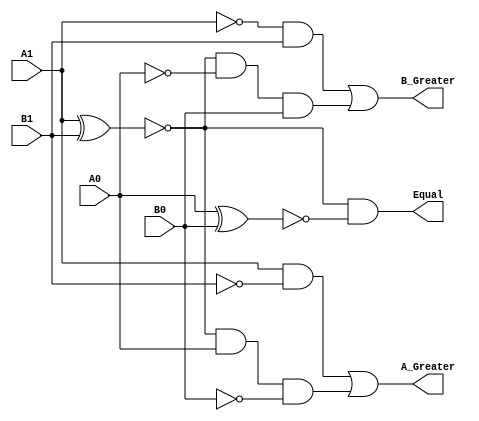
// Sankatmochan Bot : Task 1 A : 4Bit Comparator
/*
Instructions
-------------------
Students are not allowed to make any changes in the Module declaration.
This file is used to design 2 bit comparator.

Recommended Quartus Version : 19.1
The submitted project file must be 19.1 compatible as the evaluation will be done on Quartus Prime Lite 19.1.

Warning: The error due to compatibility will not be entertained.
			Do not make any changes to Test_Bench_Vector.txt file. Violating will result into Disqualification.
-------------------
*/

//2 bit comparator design
//Inputs (2 bit): A1,A0,B1,B0
//Outputs : A_Greater (A>B), Equal (A=B), B_Greater (A<B)

//////////////////DO NOT MAKE ANY CHANGES IN MODULE//////////////////
module Two_Bit_Comparator(
	input		A1,               //MSB OF INPUT A   
	input		A0,					//LSB OF INPUT A
	input		B1,					//MSB OF INPUT B
	input		B0,					//LSB OF INPUT B					
	output	A_Greater,			//OUTPUT BIT A>B
	output	Equal,				//OUTPUT BIT A=B
	output	B_Greater			//OUTPUT BIT A<B
);

////////////////////////WRITE YOUR CODE FROM HERE//////////////////// 
	wire w1, w2, w3, w4, w5, w6;
	
	//for Equal
	xnor o1(w1, A0, B0);  // Applying xnor relation on LSB, logic will be 1 when both A0,B0 are either 1 or 0
	xnor o2(w2, A1, B1);  // Applying xnor relation on MSB, logic will be 1 when both A1,B1 are either 1 or 0
	
	assign Equal = w2 & w1 ; // finaly if both are 1 then the no. are equal
	
	//For A_Greater
	assign w3 =  A1 & (~B1);  // if MSB of A greater than MSB of B then 1
   assign w4 = w2 & A0 & (~B0);  // if MSB of A = MSB of B but A0 greater than B0 then true
   assign A_Greater = w3 | w4 ;  // or of both either one make overall true

   //For B_greater
   assign w5 =  (~A1) & B1;  // if MSB of A less than MSB of B then 1
   assign w6 = w2 & (~A0) & B0;  // if MSB of A = MSB of B but A0 less than B0 then true
   assign B_Greater = w5 | w6 ;  // or of both either one make overall true

   	
  

////////////////////////YOUR CODE ENDS HERE//////////////////////////
endmodule
///////////////////////////////MODULE ENDS///////////////////////////